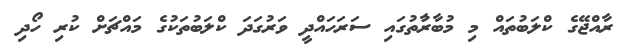
ރާއްޖޭގެ ކްލަބުތައް މި މުބާރާުތުގައި ސަރަހައްދީ ވަރުގަދަ ކްލަބުތަކުގެ މައްޗަށް ކުރި ހޯދި